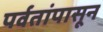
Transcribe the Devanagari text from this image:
पर्वतांपासून